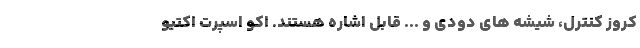
کروز کنترل، شیشه های دودی و ... قابل اشاره هستند. اکو اسپرت اکتیو